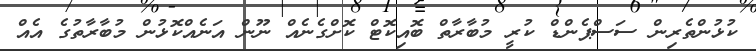
ކުޅުންތެރިން ސަސްޕެންޑް ކުރީ މުބާރާތް ބޮއިކޮޓް ކޮށްގެނެއް ނޫން އަނެއްކޮޅުން މުބާރާތުގެ އެއް